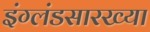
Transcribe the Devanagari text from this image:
इंग्लंडसारख्या